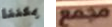
يمكننا مجمع